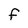
Character: F